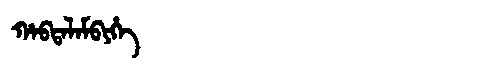
Manchu: ᡥᠠᠪᡨᠠᠯᠠᠮᠪᡳᡥᡝ
Romanization: HABTALAMBIHE